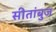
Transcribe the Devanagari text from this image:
सीतांबुज